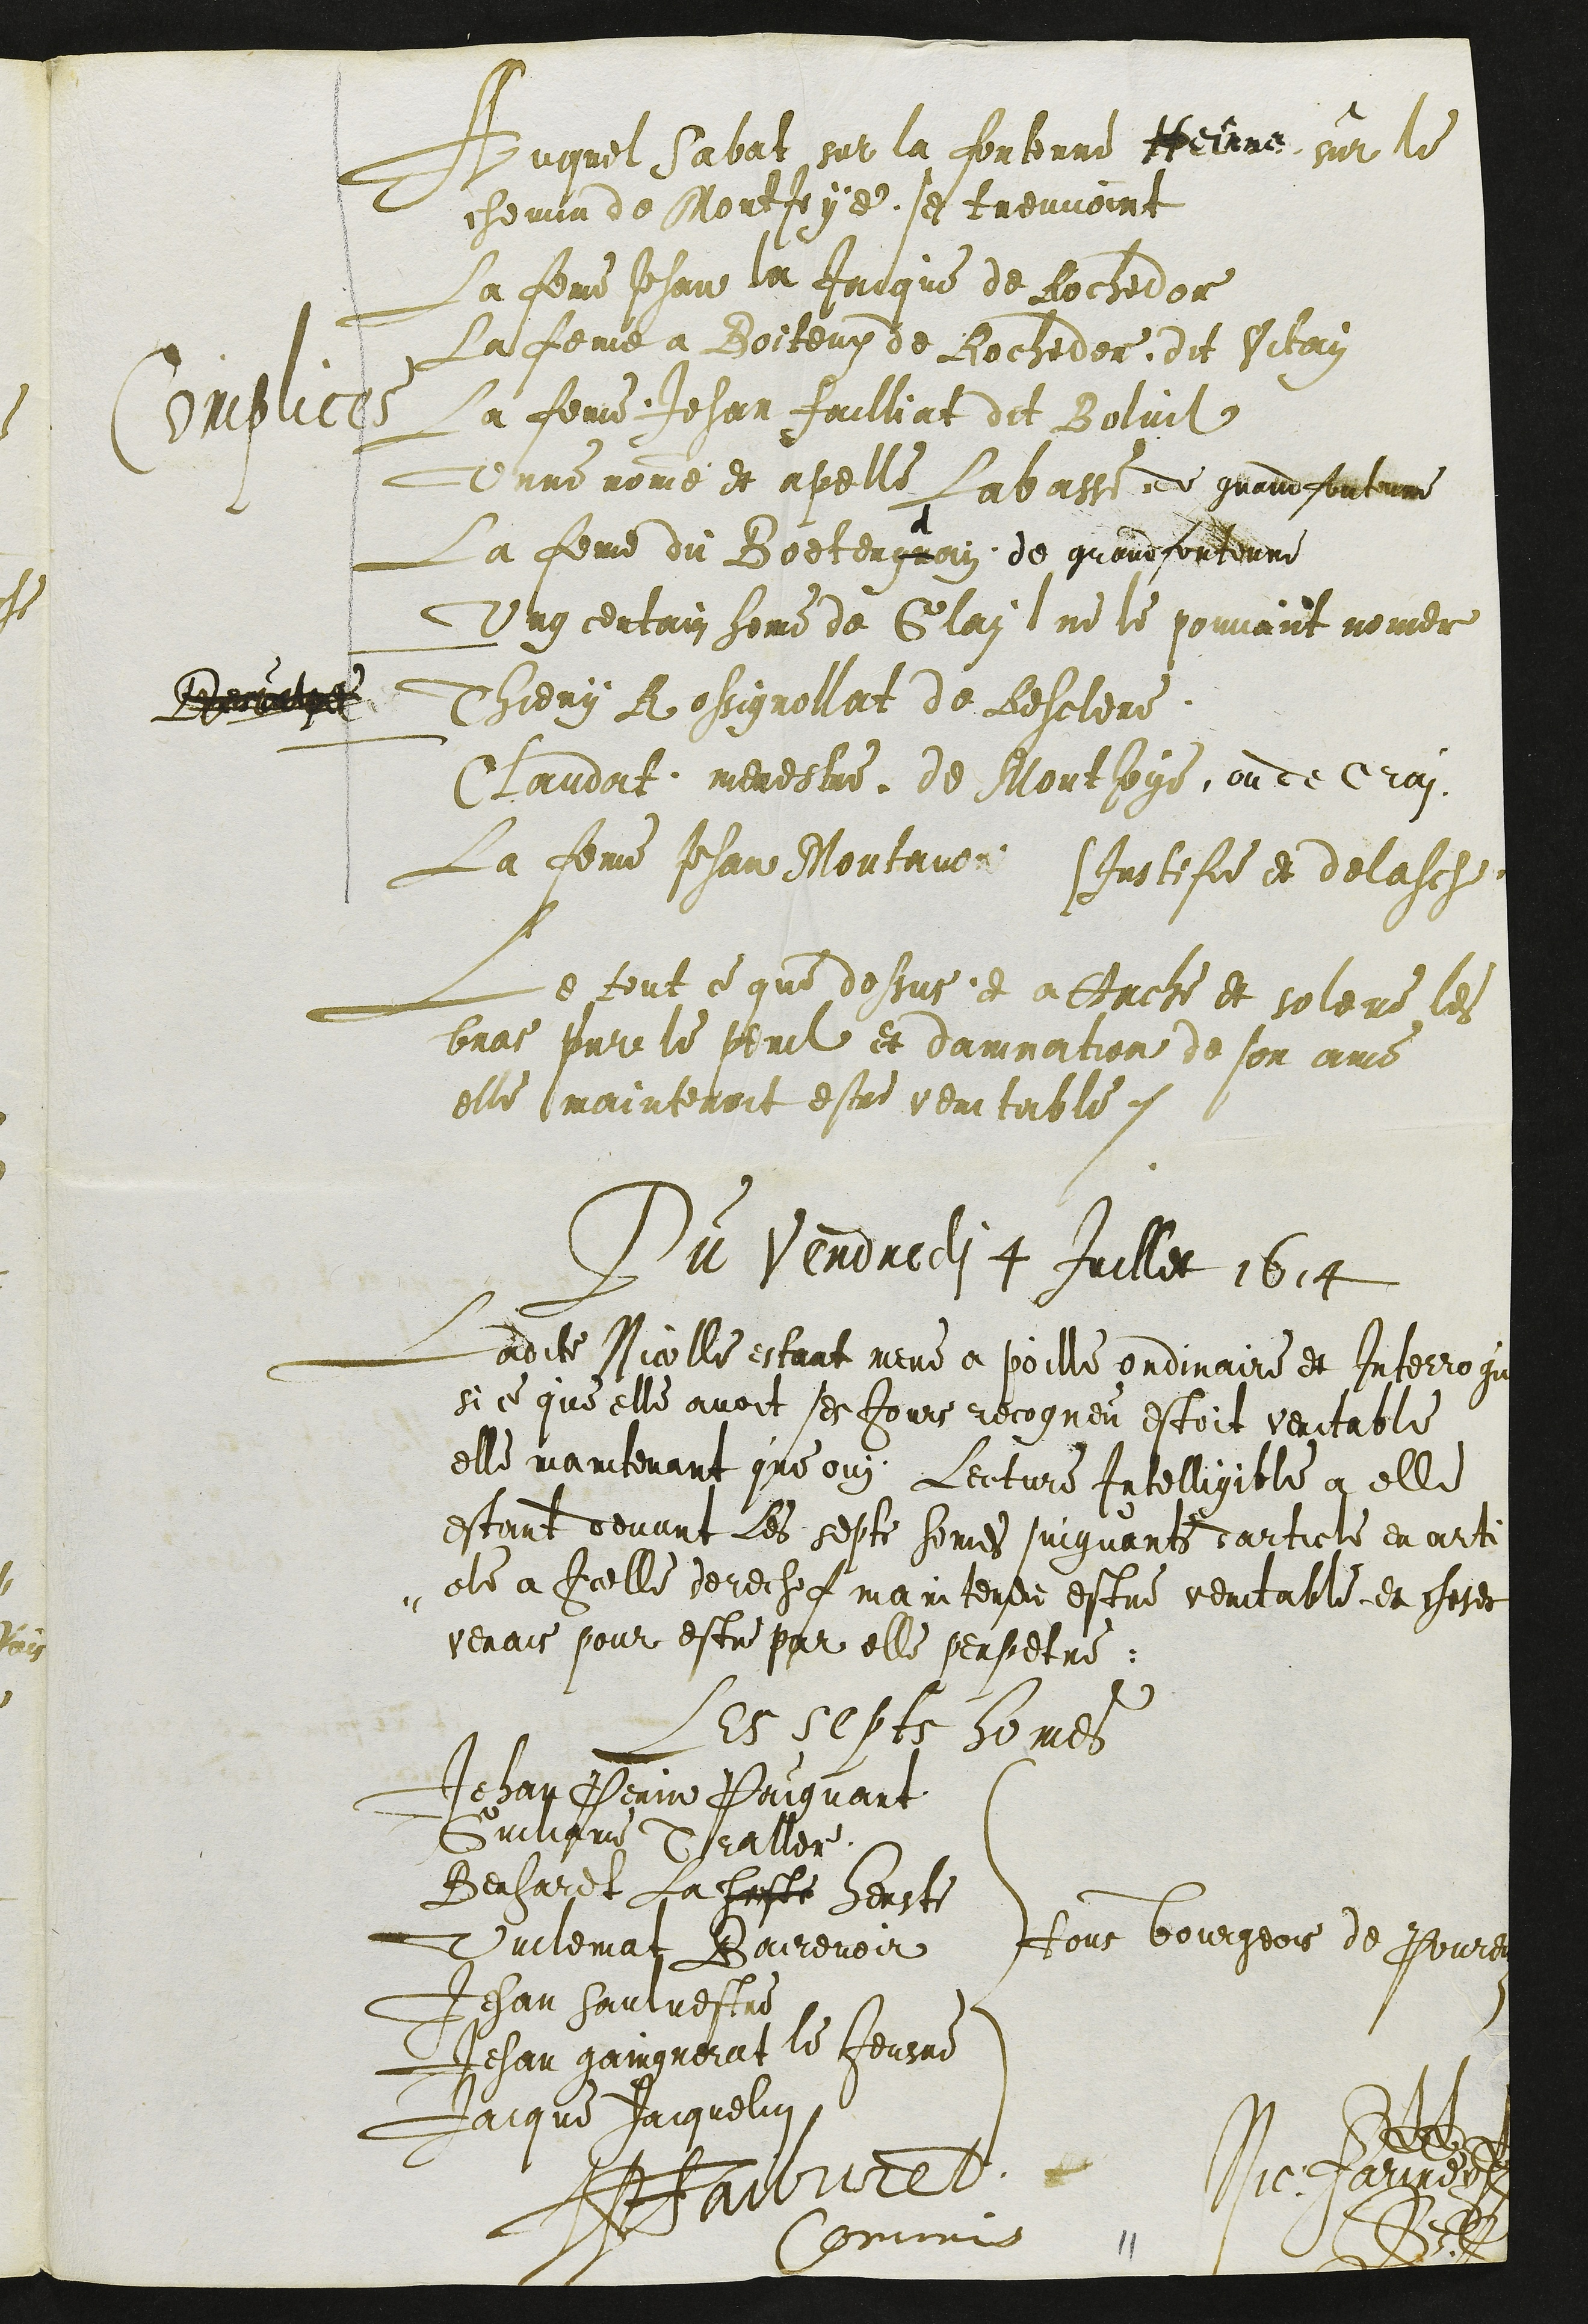
Complices
Auquel Sabat sur la fontenne Heinne sur le
chemin de MonJoye se treuvoint
La feme Jehan la Jacque de Rochedor
La feme a Boiteux de Rochedor, dit Vitay
La feme Jehan failliat dit Boluil
Unne nomme et apelle Labasse de grandfontenne
La feme du Boetengnoin de grandfontenne
Ung certain home de Glai ne le pouvant nomer
Desculpe
Thiery Rossignollat de Resclere
Claudat menestre de Montjoye ou de Croy
La feme Johan Montavon
Instifie et delasche
Le tout ce que dessus et attache et soleve les
bras Sur le peril et damnation de son ame
elle maintenoit estre veritable.
Du Vendredi 4 Juillet 1614
Ladite Nicolle estant mene a poille ordinaire et Interrogie
si ce que elle avoit ses Jours recogneu estoit veritable
elle maintenant que ouy Lecture Intelligible a elle
estant devant Les septs homes suiguants darticle en art
-cle a Icelle derechef mainteneu estre veritable et choses
verais pour estre par elle perperte:
Les septs homes
tous bourgeois de Pourentruy
Jehan Perin Paignart
Guiliame Traller
Berhardt La herste Herste
Vuilemat Baireveoir
Jehan Saulvestre
Jehan gaingnerat le Jeusne
Jacque Jaiquelin
JPFaibvre
Nic. Farine
Commis